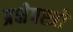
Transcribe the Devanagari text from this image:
प्रक्षेपस्त्रो